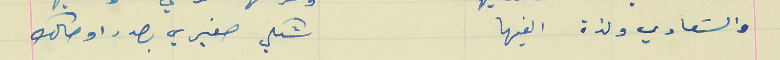
والسَعادي ولذة الفيها                                      شكلي صغيري بصدر اوصالك